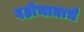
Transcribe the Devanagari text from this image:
दहीभाताचे